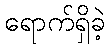
ရောက်ရှိခဲ့